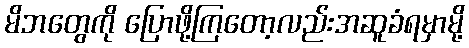
မိဘတွေကို ပြောဖို့ကြတော့လည်းအဆူခံရမှာမို့